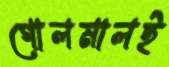
গোলমালই